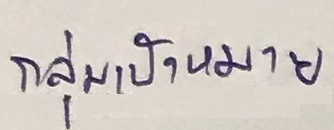
กลุ่มเป้าหมาย